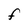
Character: F